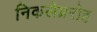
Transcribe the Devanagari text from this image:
निकलेप्ररोह